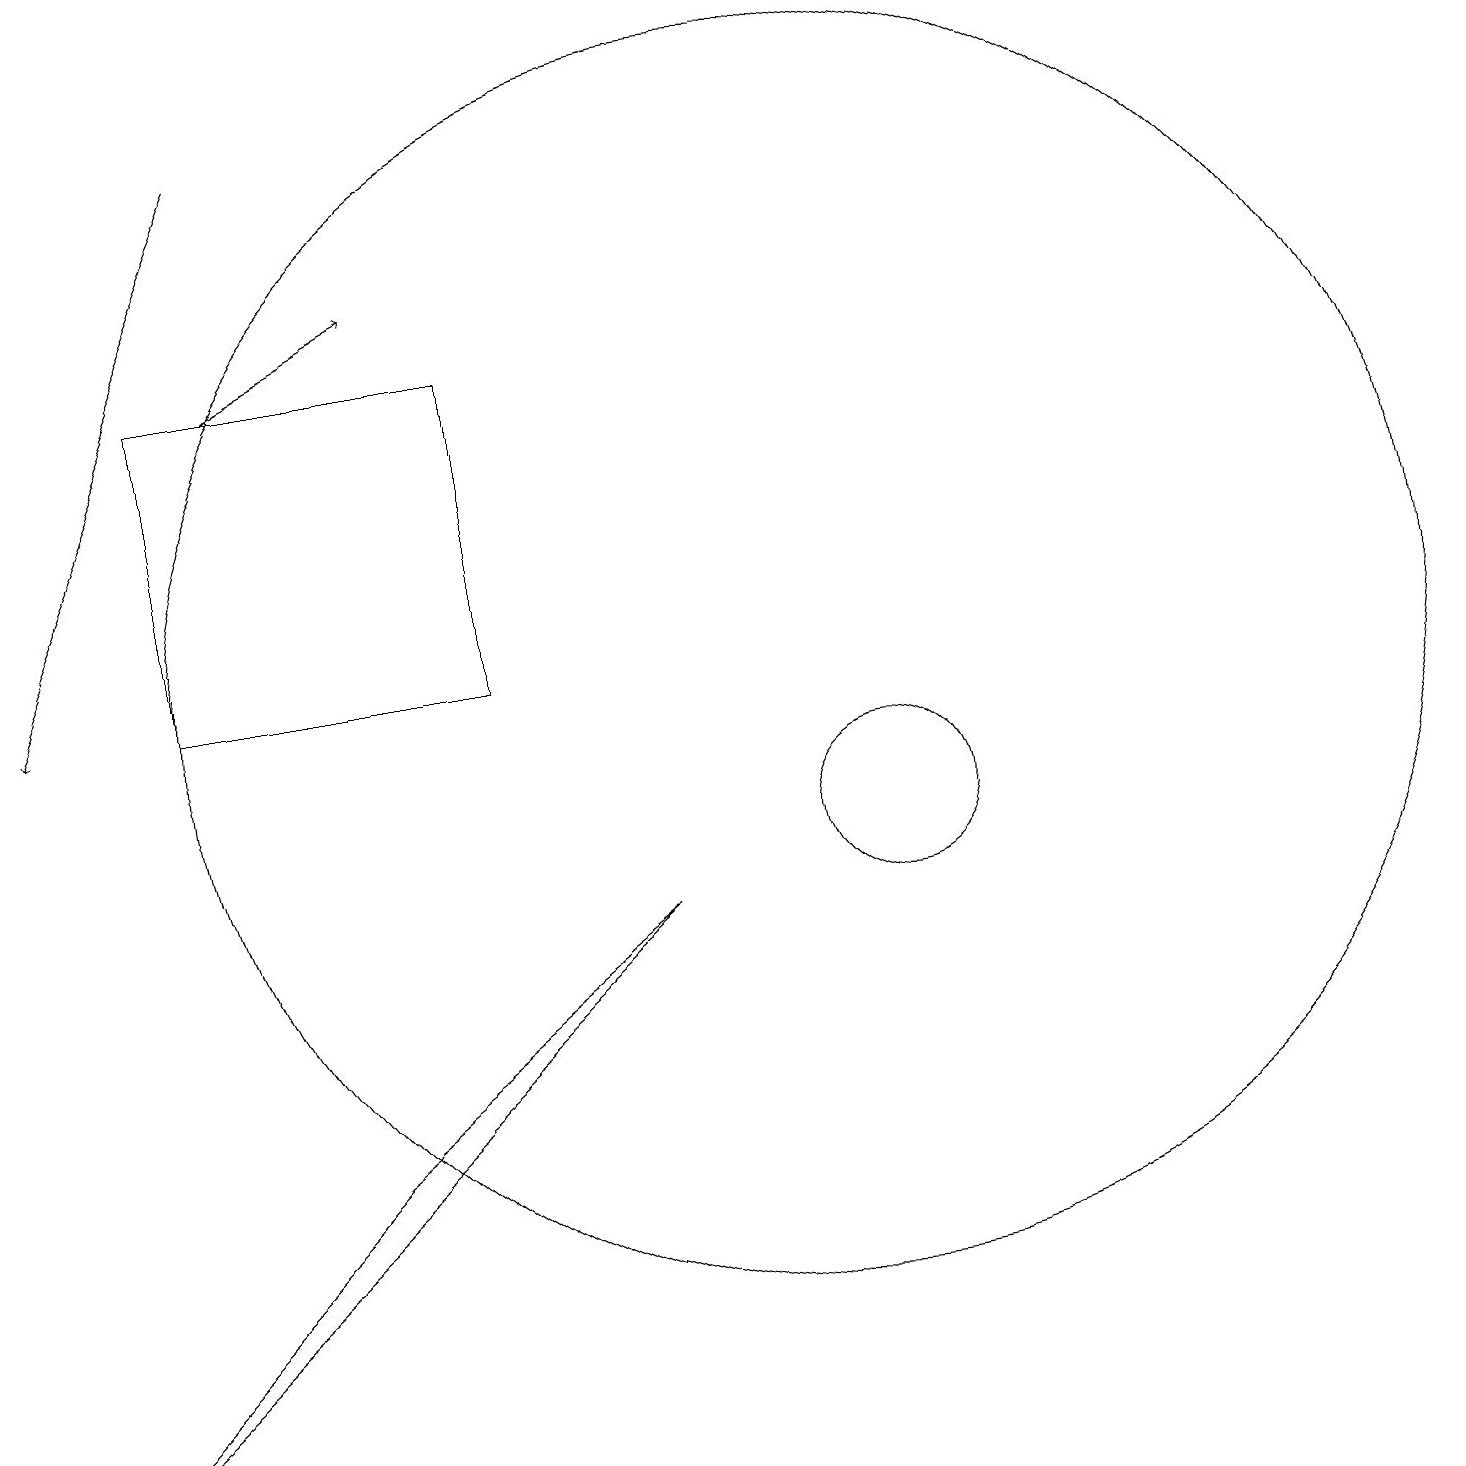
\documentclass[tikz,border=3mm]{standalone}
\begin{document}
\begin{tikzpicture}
\draw (8,9) -- (0,2) -- (4,6) -- cycle;
\draw[->] (3,16) -- (5,17);
\draw[->] (3,19) -- (0,12);
\draw (10,12) circle (8);
\draw (2,12) rectangle (6,16);
\draw (11,10) circle (1);
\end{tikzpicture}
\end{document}